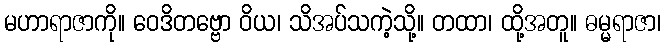
မဟာရာဇာကို။ ဝေဒိတဗ္ဗော ဝိယ၊ သိအပ်သကဲ့သို့။ တထာ၊ ထို့အတူ။ ဓမ္မရာဇာ၊